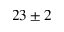
2 3 \pm 2